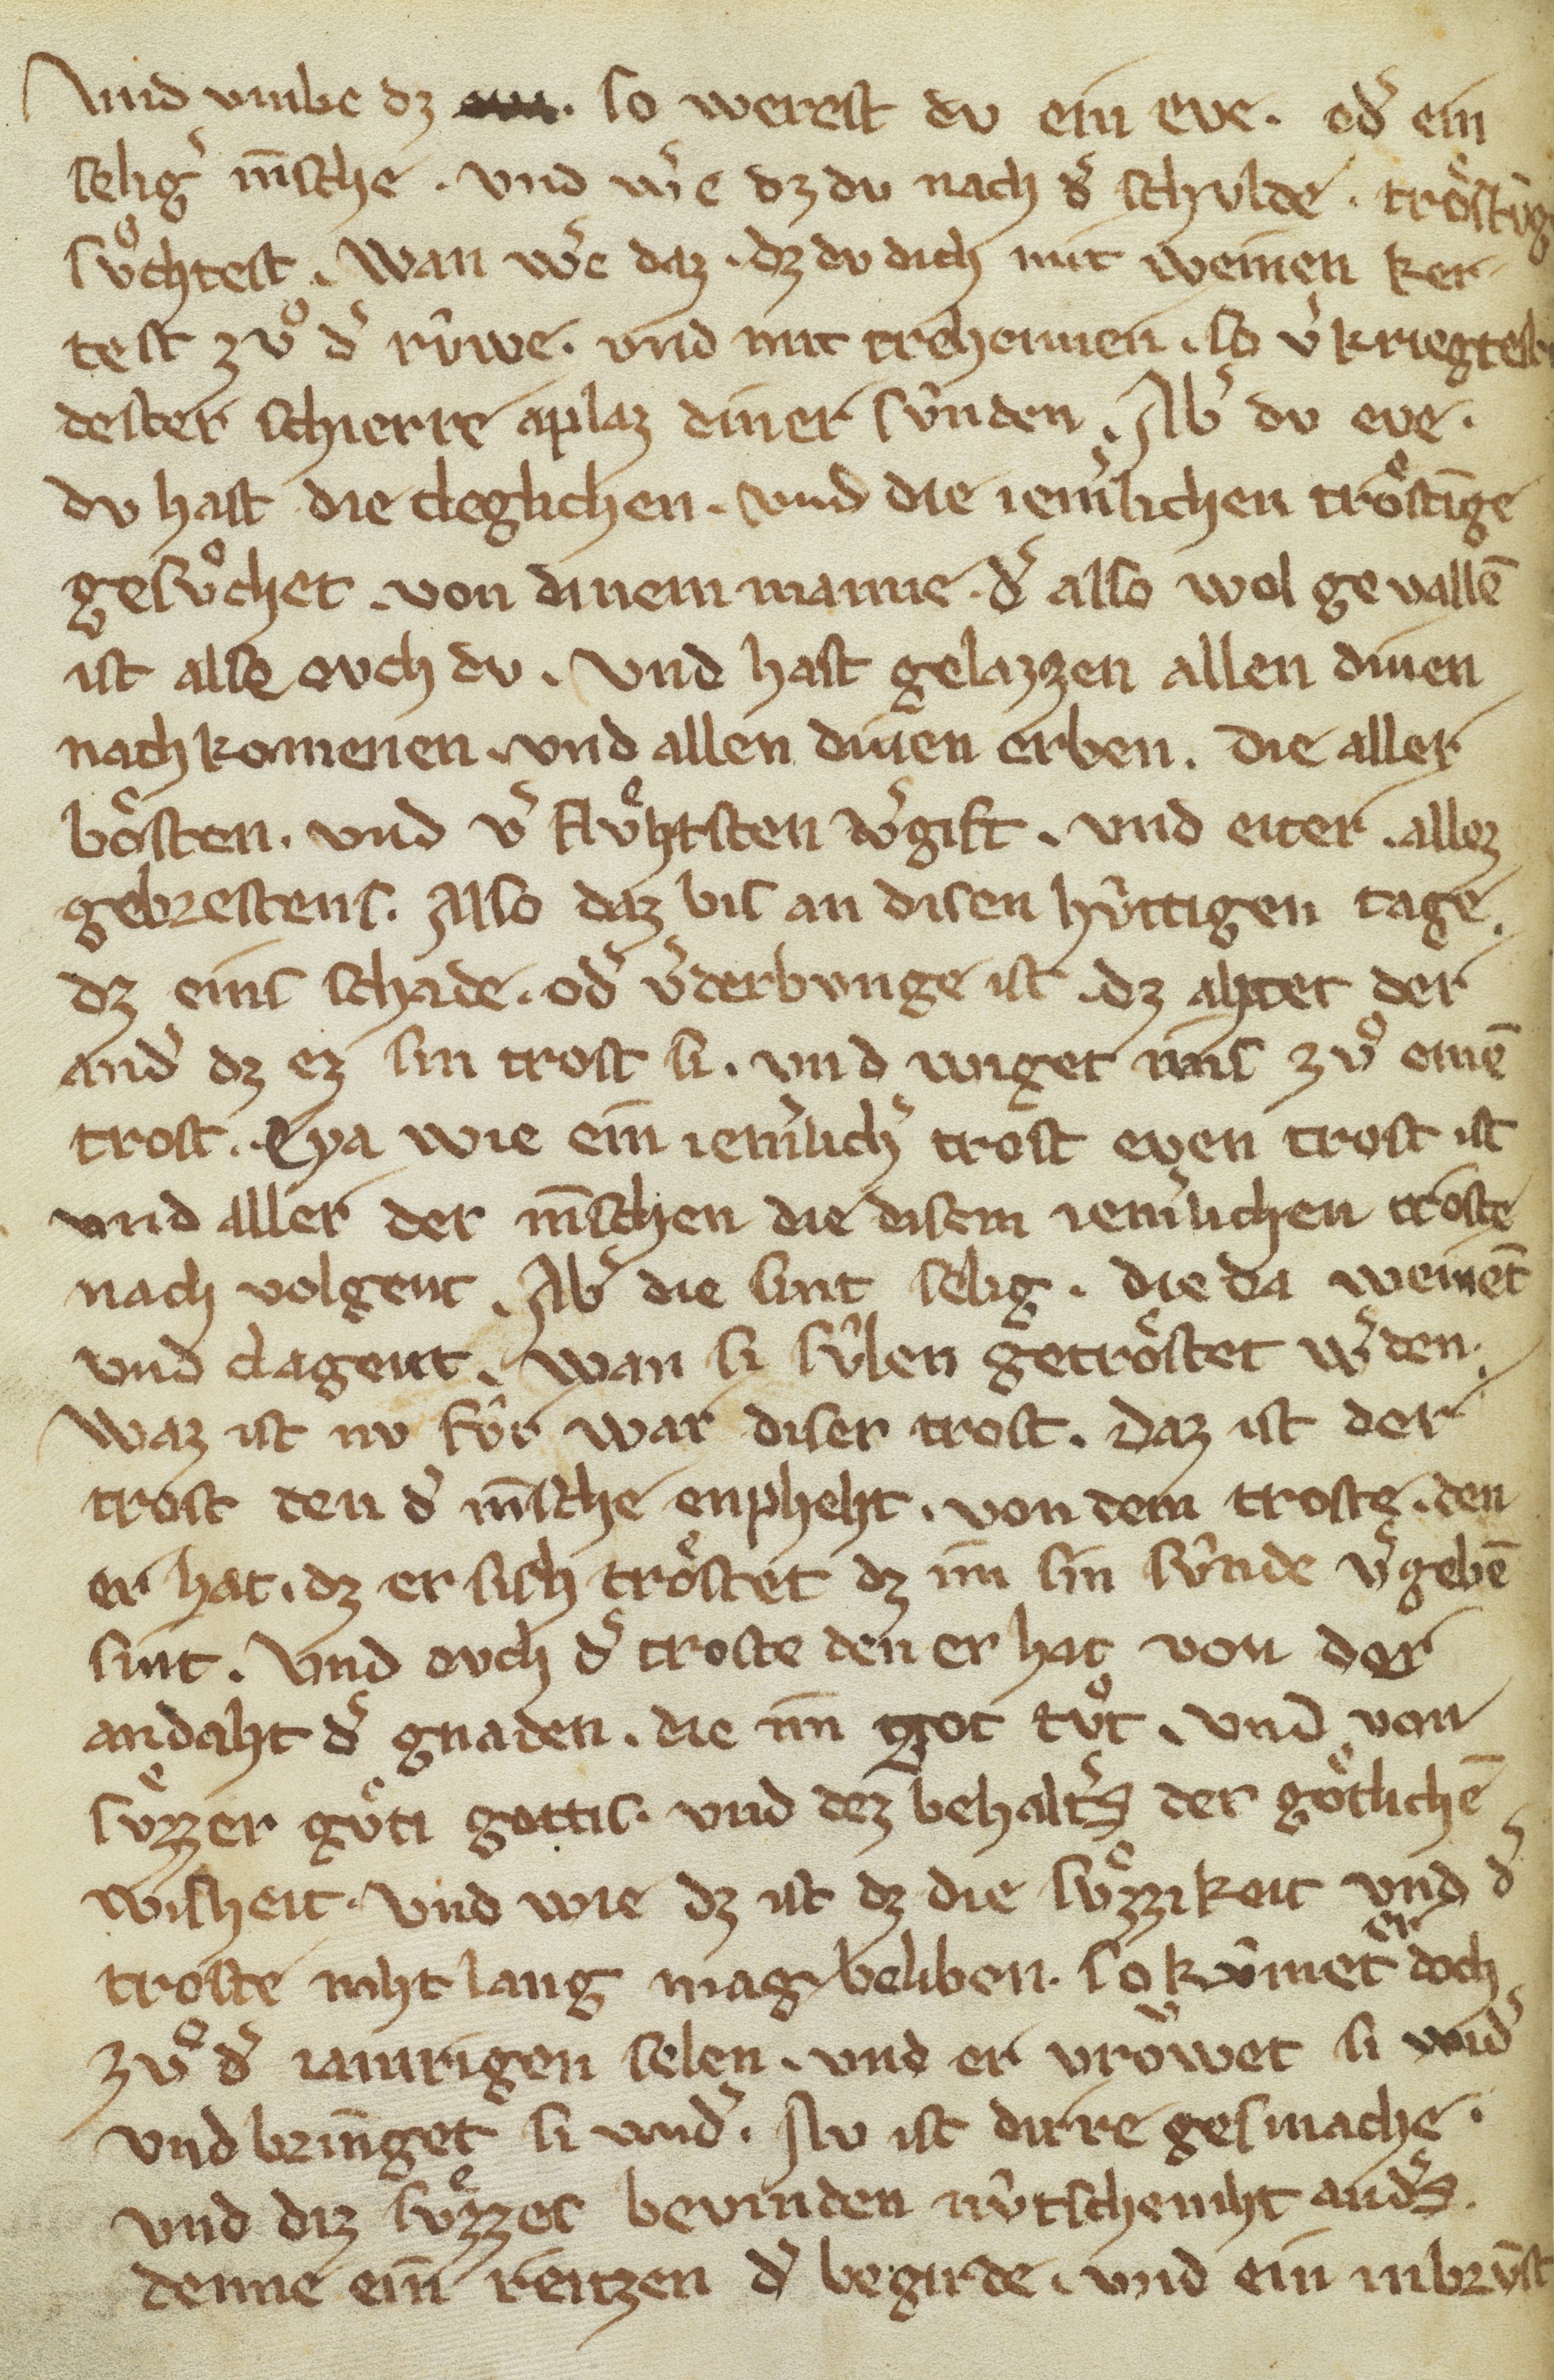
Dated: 1300–1399